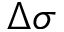
\Delta \sigma